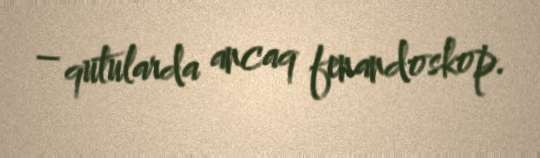
– qutularda ancaq fenandoskop.